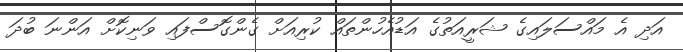
އަދި އެ މައްސަލައިގެ ޝަރީއަތުގެ އަޑުއެހުންތައް ކުރިއަށް ގެންގޮސްފައި ވަނިކޮށް އަންނަ ބުދަ